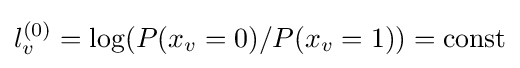
l_{v}^{(0)}=\log(P(x_{v}=0)/P(x_{v}=1))={\text{const}}